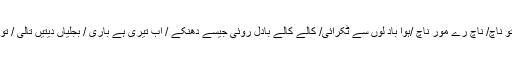
”ناچ رے مور ناچ / آم کے باغوں میں تو ناچ/ ناچ رے مور ناچ /ہوا باد لوں سے ٹکرائی/ کالے کالے بادل روئی جیسے دُھنکے / اب تیری ہے باری / بجلیاں دیتیں تالی / تو پنکھ پھیلا کر ناچ / ناچ رے مور ناچ ۔